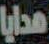
هدايا